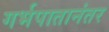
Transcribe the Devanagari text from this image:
गर्भपातानंतर